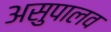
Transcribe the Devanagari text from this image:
असुपालव